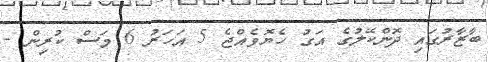
ބާޒާރުގައި ދޮންކޭލުގެ އަގު ހެޔޮވެއްޖެ 5 އަހަރު 6 މަސް ކުރިން -